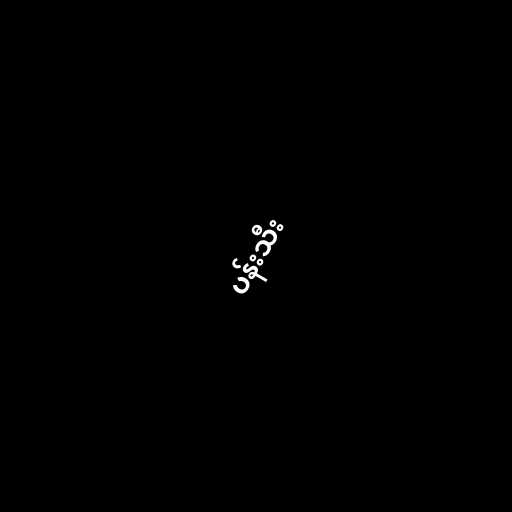
ပန်းသီး